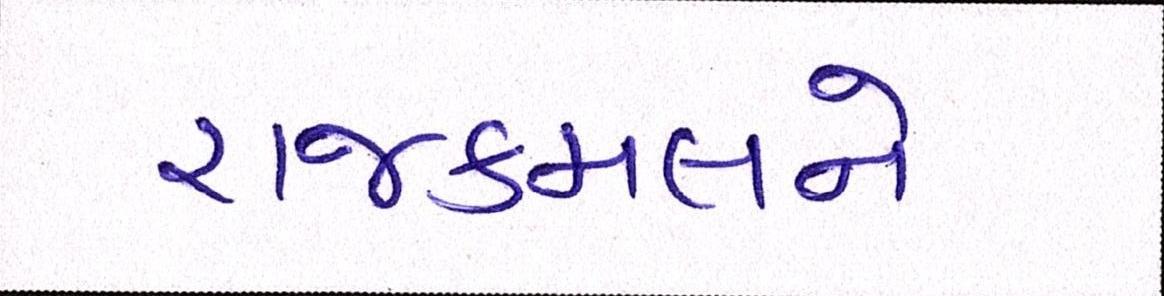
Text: રાજકમલને